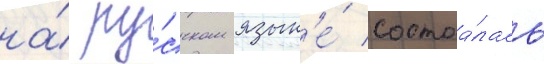
на́ ру́сском язык'е́ состоа́лась